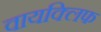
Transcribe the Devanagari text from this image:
वायक्लिफ